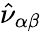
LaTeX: \hat{\nu}_{\alpha\beta}